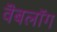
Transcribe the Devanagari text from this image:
वॆबलॉग